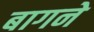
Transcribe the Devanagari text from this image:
बागने